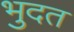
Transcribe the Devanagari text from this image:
भुदत